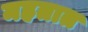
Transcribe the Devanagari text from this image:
महतात